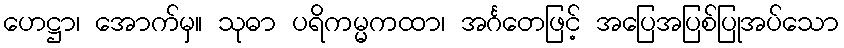
ဟေဋ္ဌာ၊ အောက်မှ။ သုဓာ ပရိကမ္မကထာ၊ အင်္ဂတေဖြင့် အပြေအပြစ်ပြုအပ်သော